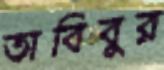
তাবিবুর